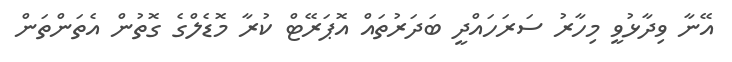
އޭނާ ވިދާޅުވީ މިހާރު ސަރަހައްދީ ބަދަރުތައް އޮޕަރޭޓް ކުރާ މޮޑެލްގެ ގޮތުން އެތަންތަން